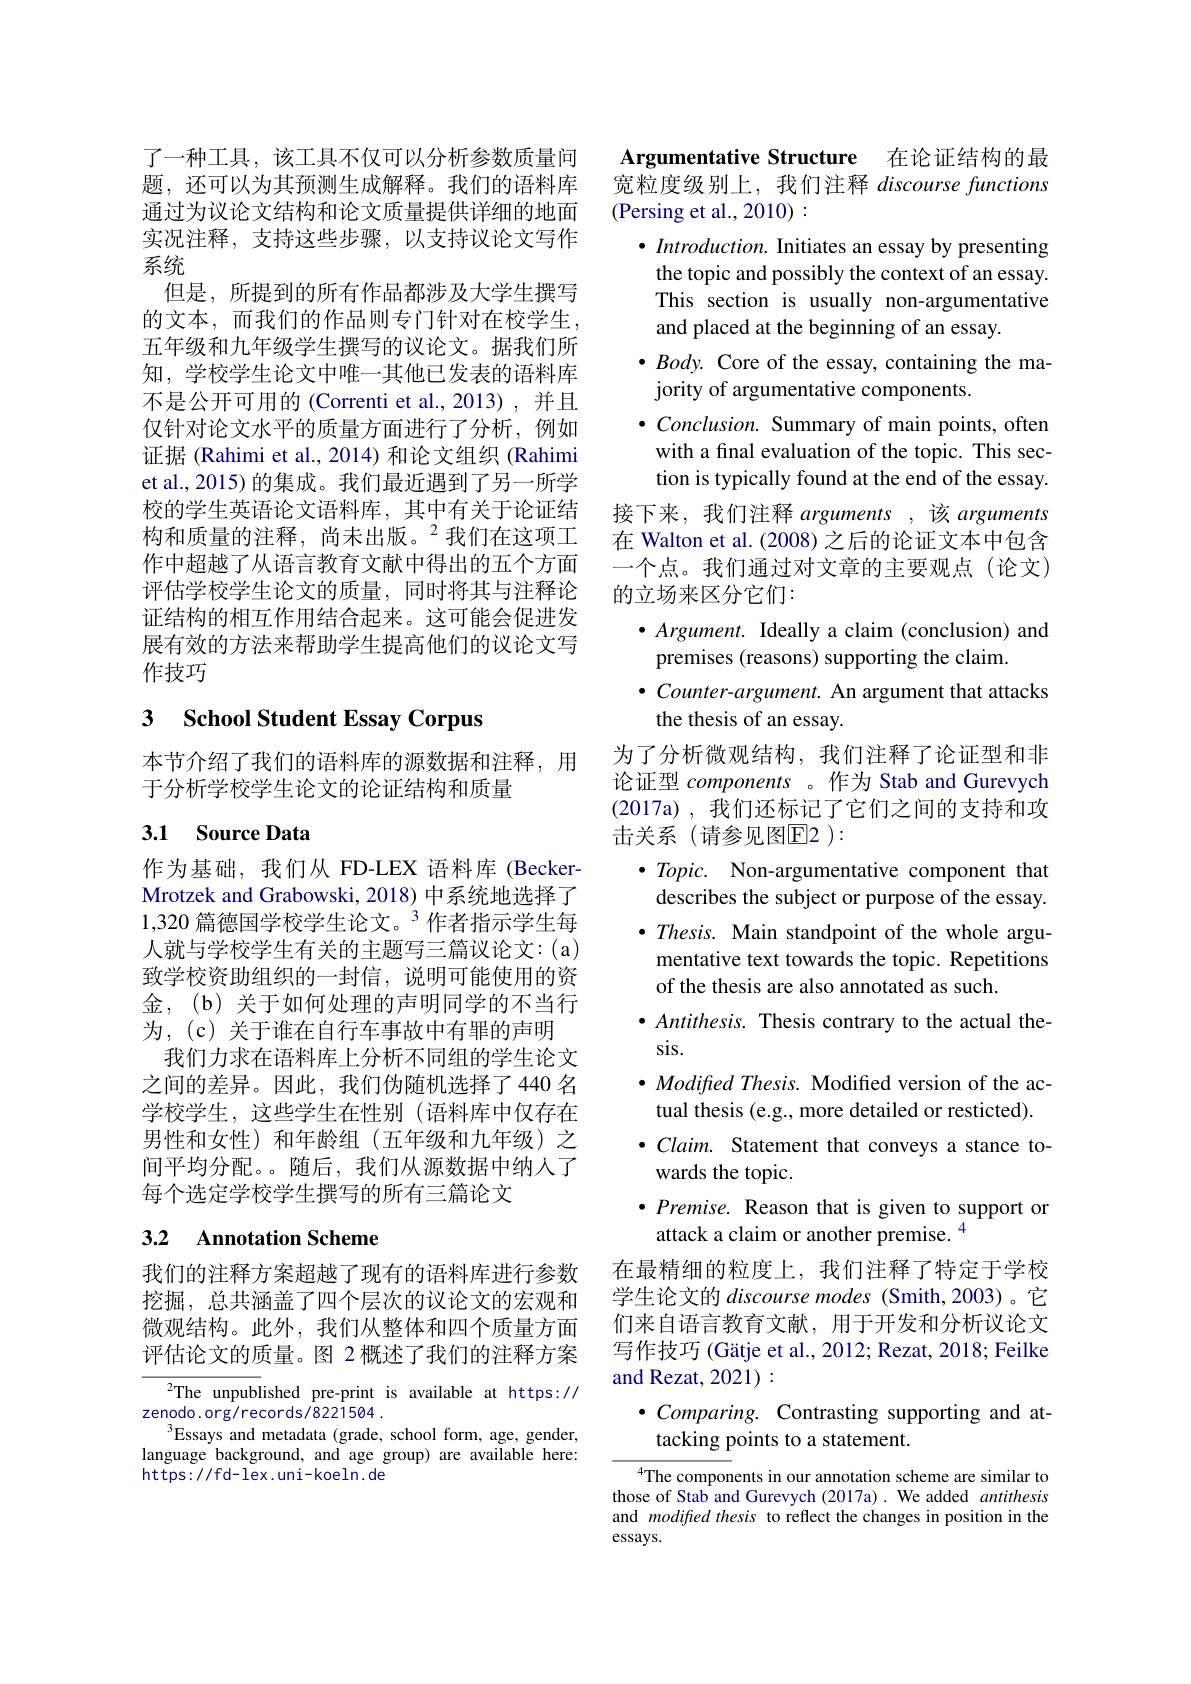
了一种工具，该工具不仅可以分析参数质量问题，还可以为其预测生成解释。我们的语料库通过为议论文结构和论文质量提供详细的地面实况注释，支持这些步骤，以支持议论文写作系统
但是，所提到的所有作品都涉及大学生撰写的文本，而我们的作品则专门针对在校学生， 五年级和九年级学生撰写的议论文。据我们所知，学校学生论文中唯一其他已发表的语料库不是公开可用的(Correnti et al.,2013),并且仅针对论文水平的质量方面进行了分析，例如证据 (Rahimi et al., 2014) 和论文组织 (Rahimi et al., 2015) 的集成。我们最近遇到了另一所学校的学生英语论文语料库，其中有关于论证结构和质量的注释，尚未出版。$^{2}$我们在这项工作中超越了从语言教育文献中得出的五个方面评估学校学生论文的质量，同时将其与注释论证结构的相互作用结合起来。这可能会促进发展有效的方法来帮助学生提高他们的议论文写作技巧

## 3 $\textbf{School Student Essay Corpus}$

本节介绍了我们的语料库的源数据和注释，用
于分析学校学生论文的论证结构和质量

## 3.1 Source Data

作为基础，我们从 FD-LEX 语料库 (Becker-) Mrotzek and Grabowski, 2018) 中系统地选择了$1,320\text{ 篇德国学校学生论文。}^3$作者指示学生每人就与学校学生有关的主题写三篇议论文：(a) 致学校资助组织的一封信，说明可能使用的资金，(b)关于如何处理的声明同学的不当行为，(c) 关于谁在自行车事故中有罪的声明
我们力求在语料库上分析不同组的学生论文之间的差异。因此，我们伪随机选择了440 名学校学生，这些学生在性别(语料库中仅存在男性和女性)和年龄组(五年级和九年级)之间平均分配。随后，我们从源数据中纳人了每个选定学校学生撰写的所有三篇论文

## 3.2 Annotation Scheme

我们的注释方案超越了现有的语料库进行参数挖掘，总共涵盖了四个层次的议论文的宏观和微观结构。此外，我们从整体和四个质量方面评估论文的质量。图 2概述了我们的注释方案

$^{2}$The unpublished pre-print is available at https://
zenodo. org/ records/8221504.
$^{3}$Essays and metadata (grade, school form, age, gender, language background, and age group) are available here: https://fd-lex.uni-koeln.de

Argumentative Structure 在论证结构的最宽粒度级别上，我们注释discoursefunctions

(Persing et al., 2010):
$\bullet$ Introduction. Initiates an essay by presenting
the topic and possibly the context of an essay. This section is usually non-argumentative and placed at the beginning of an essay.
$\bullet \textit{Body. Core of the essay, containing the ma- }$
jority of argumentative components.
$\bullet \textit{Conclusion. Summary of main points, often}$ with a final evaluation of the topic. This section is typically found at the end of the essay.
接下来，我们注释 arguments ,该 arguments 在 Walton et al. (2008) 之后的论证文本中包含一个点。我们通过对文章的主要观点(论文) 的立场来区分它们：
$\bullet$ Argument. Ideally a claim (conclusion) and
premises (reasons) supporting the claim.
$\bullet$ Counter-argument. An argument that attacks
the thesis of an essay.
为了分析微观结构，我们注释了论证型和非论证型components 。作为 Stab and Gurevych (2017a),我们还标记了它们之间的支持和攻击关系(请参见图E2 ):
$\bullet$ Topic. Non-argumentative component that
describes the subject or purpose of the essay. $\bullet Thesis.$ Main standpoint of the whole argu-
mentative text towards the topic. Repetitions
of the thesis are also annotated as such.
$\bullet Antithesis.$ Thesis contrary to the actual the-
sis.
$\bullet Modifted\textit{Thesis. Modified version of the ac- }$
tual thesis (e.g., more detailed or resticted).
$\bullet Claim.$ Statement that conveys a stance to-
wards the topic.
$\bullet$ Premise. Reason that is given to support or
attack a claim or another premise. $^{4}$
在最精细的粒度上，我们注释了特定于学校学生论文的 discourse modes (Smith,2003)。它们来自语言教育文献，用于开发和分析议论文写作技巧 (Gätje et al., 2012; Rezat, 2018; Feilke and Rezat, 2021) :
$\bullet$ Comparing. Contrasting supporting and at-
tacking points to a statement.
$^{4}$The components in our annotation scheme are similar to those of Stab and Gurevych (2017a). We added antithesis and modified thesis to reflect the changes in position in the

essays.